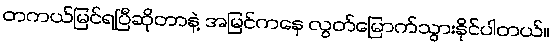
တကယ်မြင်ရပြီဆိုတာနဲ့ အမြင်ကနေ လွတ်မြောက်သွားနိုင်ပါတယ်။